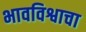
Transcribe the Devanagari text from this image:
भावविश्वाचा